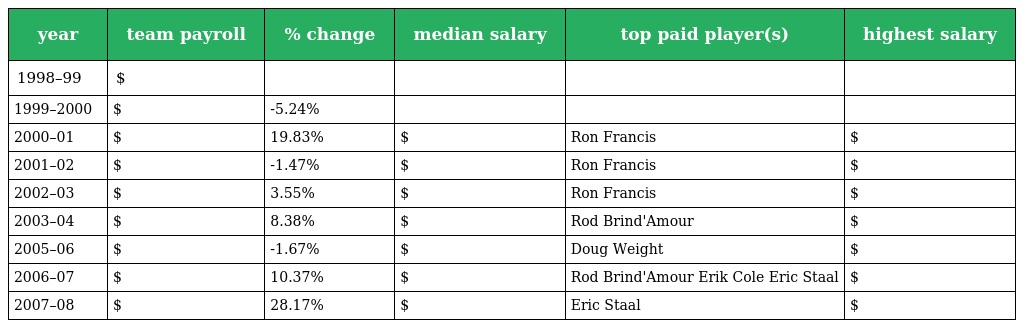
| year | team payroll | % change | median salary | top paid player(s) | highest salary |
 | --- | --- | --- | --- | --- | --- |
 | 1998–99 | $ |  |  |  |  |
 | 1999–2000 | $ | -5.24% |  |  |  |
 | 2000–01 | $ | 19.83% | $ | Ron Francis | $ |
 | 2001–02 | $ | -1.47% | $ | Ron Francis | $ |
 | 2002–03 | $ | 3.55% | $ | Ron Francis | $ |
 | 2003–04 | $ | 8.38% | $ | Rod Brind'Amour | $ |
 | 2005–06 | $ | -1.67% | $ | Doug Weight | $ |
 | 2006–07 | $ | 10.37% | $ | Rod Brind'Amour Erik Cole Eric Staal | $ |
 | 2007–08 | $ | 28.17% | $ | Eric Staal | $ |